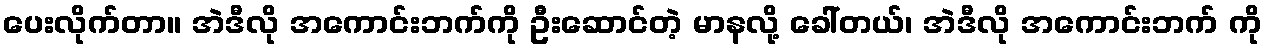
ပေးလိုက်တာ။ အဲဒီလို အကောင်းဘက်ကို ဦးဆောင်တဲ့ မာနလို့ ခေါ်တယ်၊ အဲဒီလို အကောင်းဘက် ကို